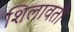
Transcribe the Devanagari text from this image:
शिलावती